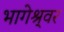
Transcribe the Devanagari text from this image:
भागेश्र्वर